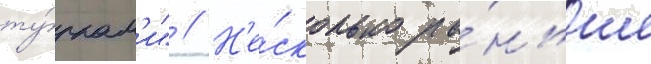
ту́ркам'и" // Н'е́сколько ра́ньше